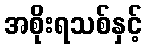
အစိုးရသစ်နှင့်